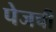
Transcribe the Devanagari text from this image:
पेजची